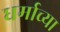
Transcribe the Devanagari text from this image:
धर्माच्‍या